Annual administration report of the Civil Veterinary Department of India - 1895-1896
Year: 1895
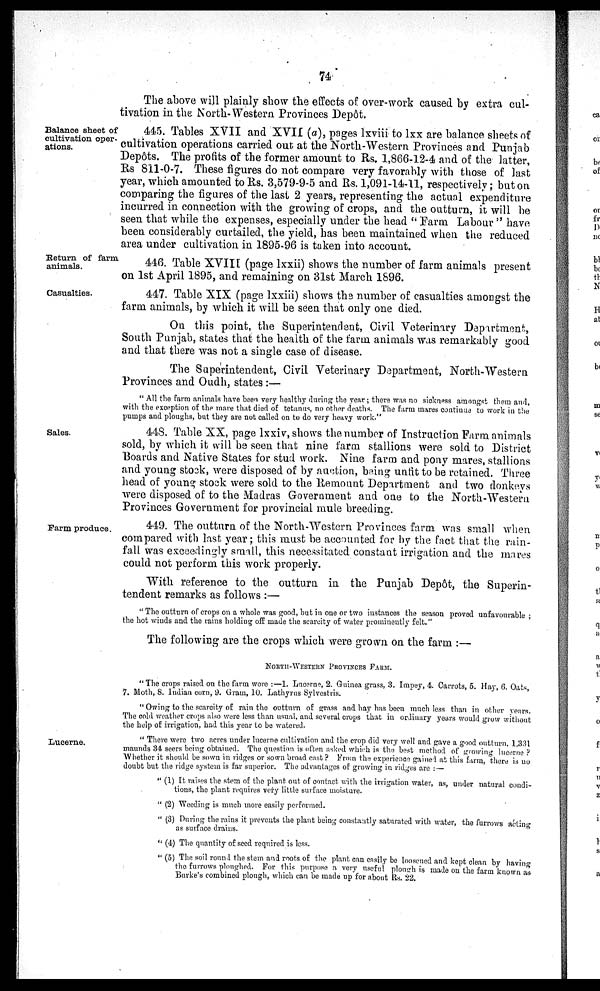
74
The above will plainly show the effects of over-work caused by extra cul-
tivation in the North-Western Provinces Depôt.
Balance sheet of
cultivation oper-
ations.
445. Tables XVII and XVII (a), pages lxviii to lxx are balance sheets of
cultivation operations carried out at the North-Western Provinces and Punjab
Depôts. The profits of the former amount to Rs. 1,866-12-4 and of the latter,
Rs 811-0-7. These figures do not compare very favorably with those of last
year, which amounted to Rs. 3,579-9-5 and Rs. 1,091-14-11, respectively; but on
comparing the figures of the last 2 years, representing the actual expenditure
incurred in connection with the growing of crops, and the outturn, it will be
seen that while the expenses, especially under the head " Farm Labour" have
been considerably curtailed, the yield, has been maintained when the reduced
area under cultivation in 1895-96 is taken into account.
Return of farm
animals.
446. Table XVIII (page lxxii) shows the number of farm animals present
on 1st April 1895, and remaining on 31st March 1896.
Casualties.
447. Table XIX (page lxxiii) shows the number of casualties amongst the
farm animals, by which it will be seen that only one died.
On this point, the Superintendent, Civil Veterinary Department,
South Punjab, states that the health of the farm animals was remarkably good
and that there was not a single case of disease.
The Superintendent, Civil Veterinary Department, North-Western
Provinces and Oudh, states:—
"All the farm animals have been very healthy during the year; there was no sickness amongst them and,
with the exception of the mare that died of tetanus, no other deaths. The farm mares continue to work in the
pumps and ploughs, but they are not called on to do very heavy work."
Sales.
448. Table XX, page lxxiv, shows the number of Instruction Farm animals
sold, by which it will be seen that nine farm stallions were sold to District
Boards and Native States for stud work. Nine farm and pony mares, stallions
and young stock, were disposed of by auction, being unfit to be retained. Three
head of young stock were sold to the Remount Department and two donkeys
were disposed of to the Madras Government and one to the North-Western
Provinces Government for provincial mule breeding.
Farm produce.
449. The outturn of the North-Western Provinces farm was small when
compared with last year; this must be accounted for by the fact that the rain-
fall was exceedingly small, this necessitated constant irrigation and the mares
could not perform this work properly.
With reference to the outturn in the Punjab Depôt, the Superin-
tendent remarks as follows:—
"The outturn of crops on a whole was good, but in one or two instances the season proved unfavourable;
the hot winds and the rains holding off made the scarcity of water prominently felt."
The following are the crops which were grown on the farm:—
NORTH-WESTERN PROVINCES FARM.
"The crops raised on the farm wore :—1. Lucerne, 2. Guinea grass, 3. Impey, 4. Carrots, 5. Hay, 6. Oats,
7. Moth, 8. Indian corn, 9. Gram, 10. Lathyrus Sylvestris.
"Owing to the scarcity of rain the outturn of grass and hay has been much less than in other years.
The cold weather crops also were less than usual, and several crops that in ordinary years would grow without
the help of irrigation, had this year to be watered.
Lucerne.
"There were two acres under lucerne cultivation and the crop did very well and gave a good outturn, 1,331
maunds 34 seers being obtained. The question is often asked which is the best method of growing lucerne ?
Whether it should be sown in ridges or sown broad cast ? From the experience gained at this farm, there is no
doubt but the ridge system is far superior. The advantages of growing in ridges are:—
"(1) It raises the stem of the plant out of contact with the irrigation water, as, under natural condi-
tions, the plant requires very little surface moisture.
"(2) Weeding is much more easily performed.
"(3) During the rains it prevents the plant being constantly saturated with water, the furrows acting
as surface drains.
"(4) The quantity of seed required is less.
"(5) The soil round the stem and roots of the plant can easily be loosened and kept clean by having
the furrows ploughed. For this purpose a very useful plough is made on the farm known as
Burke's combined plough, which can be made up for about Rs. 22.